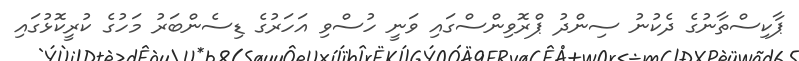
ޕާކިސްތާނުގެ ދެކުނު ސިންދު ޕްރޮވިންސްގައި ވަނީ ހުސްވި އަހަރުގެ ޑިސެންބަރު މަހުގެ ކުރީކޮޅުގައި